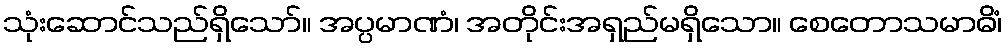
သုံးဆောင်သည်ရှိသော်။ အပ္ပမာဏံ၊ အတိုင်းအရှည်မရှိသော။ စေတောသမာဓိံ၊